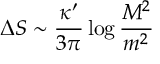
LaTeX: \Delta S \sim \frac { \kappa ^ { \prime } } { 3 \pi } \log { \frac { M ^ { 2 } } { m ^ { 2 } } } \,